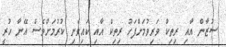
ސުޒާން އާއި ރިތިކް ވަރިވުމަށްފަހު ރިތިކް އާއި ކައިވެނި ކުރުމަށްވެސް އޭނާ ހުރީ